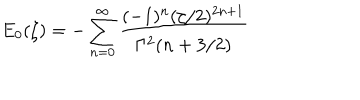
LaTeX: E _ { 0 } ( \zeta ) = - \sum _ { n = 0 } ^ { \infty } \frac { ( - 1 ) ^ { n } ( \zeta / 2 ) ^ { 2 n + 1 } } { \Gamma ^ { 2 } ( n + 3 / 2 ) }